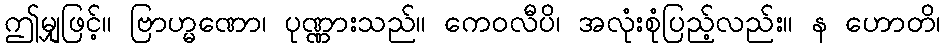
ဤမျှဖြင့်။ ဗြာဟ္မဏော၊ ပုဏ္ဏားသည်။ ကေဝလီပိ၊ အလုံးစုံပြည့်လည်း။ န ဟောတိ၊